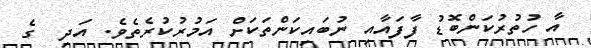
އާ ހުތުރުކަންބޮޑު ފާފައާއި ނުބައިކަންތަކަށް އަމުރުކުރެތެވެ. އަދި  ގެ